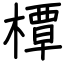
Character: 橝